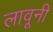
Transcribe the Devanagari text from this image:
लावूनी